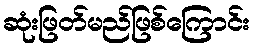
ဆုံးဖြတ်မည်ဖြစ်ကြောင်း